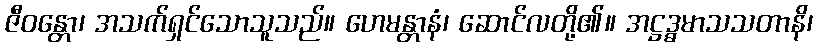
ဇီဝန္တော၊ အသက်ရှင်သောသူသည်။ ဟေမန္တာနံ၊ ဆောင်လတို့၏။ အဋ္ဌဒ္ဓမာသသတာနိ၊